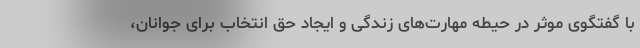
با گفتگوی موثر در حیطه مهارت‌های زندگی و ایجاد حق انتخاب برای جوانان،